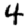
Digit: 4